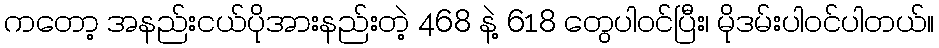
ကတော့ အနည်းငယ်ပိုအားနည်းတဲ့ 468 နဲ့ 618 တွေပါဝင်ပြီး၊ မိုဒမ်းပါဝင်ပါတယ်။